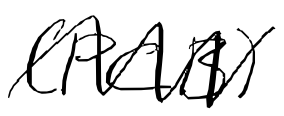
Text: (PCB)
Cross-out: zig-zag
Writing tool: digital_black